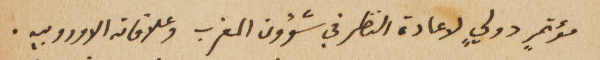
مؤتمرٍ دوليٍ لاعادة النظر في شؤون المغرب وعلاقاته الاوروبيه.